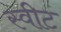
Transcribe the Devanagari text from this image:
स्‍वीट